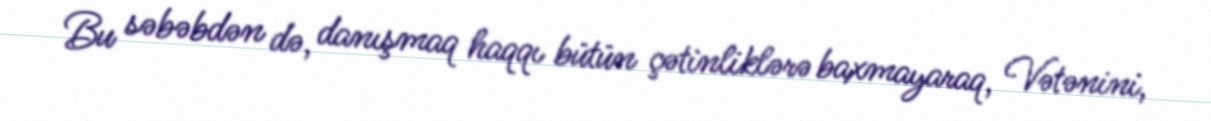
Bu səbəbdən də, danışmaq haqqı bütün çətinliklərə baxmayaraq, Vətənini,